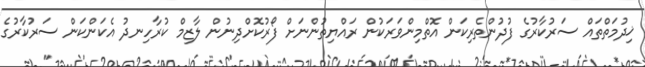
ޚިދުމަތްތައް ސަރުކާރުގެ ފުދުންތެރިކަން އޮތްމިންވަރަކުން ރައްޔިތުންނަށް ފޯރުކޮށްދިނުން ލާޒިމް ކުރާހިނދު އެކަންކަން ސަރުކާރުގެ